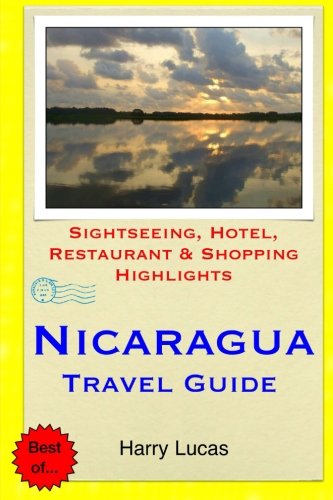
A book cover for Nicaragua Travel Guide: Sightseeing, Hotel, Restaurant & Shopping Highlights; Harry Lucas; Travel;